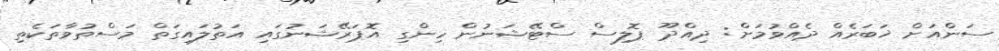
ސަންއަށް ޚަބަރެއް ދެއްވުމަށް: ދިއްދޫ ޕޮލިސް ސްޓޭޝަނުން ހިންގި އޮޕަރޭޝަނުގައި އަތުލައިގަތް މަސްތުވާތަކެތި